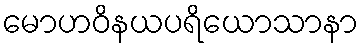
မောဟဝိနယပရိယောသာနာ